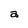
Character: a